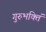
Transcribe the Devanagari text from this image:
गुरुभक्तिं